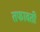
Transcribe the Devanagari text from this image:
तफावती